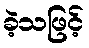
ခဲ့သဖြင့်